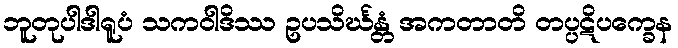
ဘူတုပါဒါရူပံ သကဝါဒိဿ ဥပသိင်္ဃန္တံ အကတာတိ တပ္ပဋိပက္ခေန